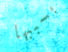
بسببها